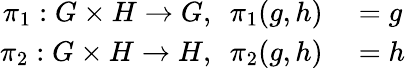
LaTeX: \begin{array}{rl}{\pi_{1}:G\times H\to G,\ \ \pi_{1}(g,h)}&{{}=g}\\ {\pi_{2}:G\times H\to H,\ \ \pi_{2}(g,h)}&{{}=h}\end{array}